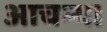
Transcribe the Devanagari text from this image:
आचम्य।